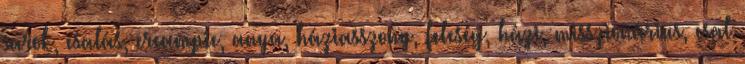
sarok, csalás, creampie, anya, háziasszony, feleség, házi, misszionárius, csal